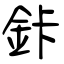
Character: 鉲